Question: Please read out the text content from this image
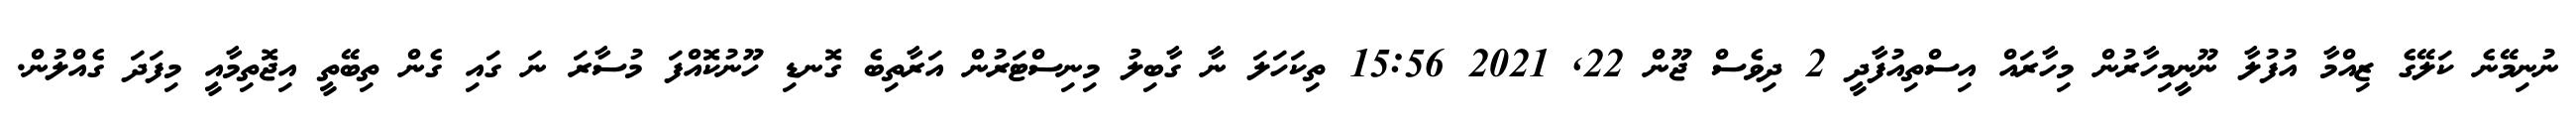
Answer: ނުނިމޭނެ ކަލޭގެ ޒިއްމާ އުފުލާ ނޫނީމިހާރުން މިހާރައް އިސްތިއުފާދީ 2 ދިވެސް ޖޫން 22, 2021 15:56 ތިކަހަލަ ނާ ގާބިލު މިނިސްޓަރުން އަރާތިބެ ގޮނޑި ހޫނުކޮއްފަ މުސާރަ ނަ ގައި ގެން ތިބޭތީ އިޖޮތިމާއީ މިފަދަ ގެއްލުން.